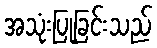
အသုံးပြုခြင်းသည်